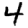
Digit: 4